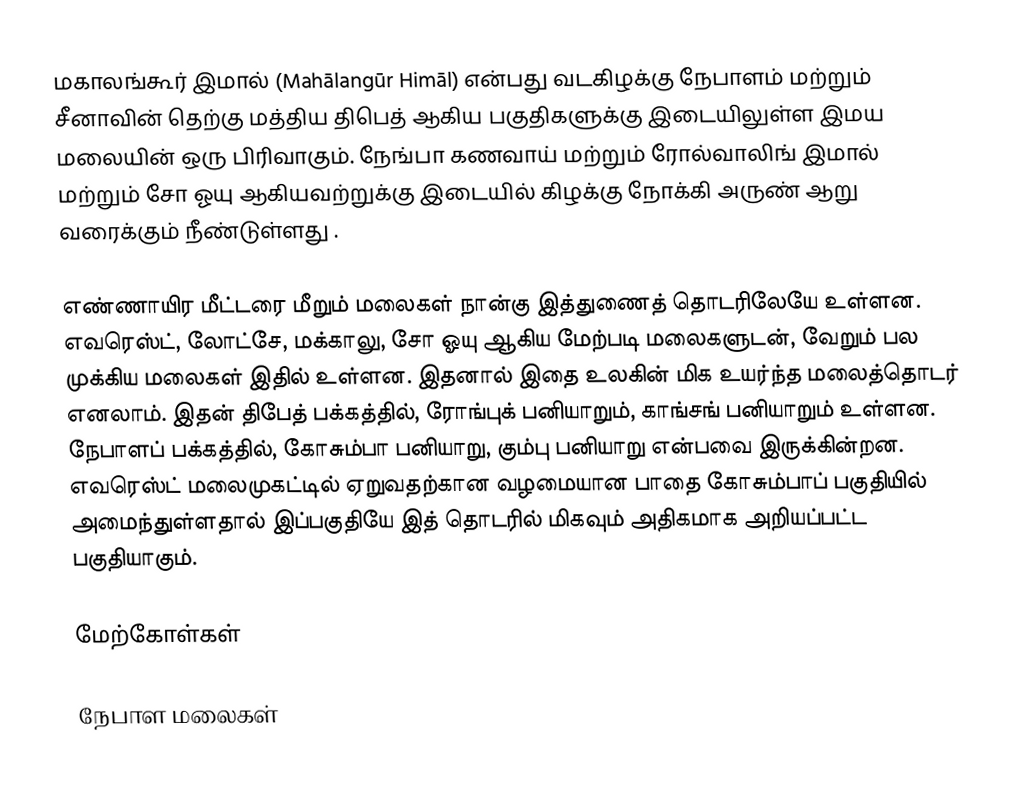
மகாலங்கூர் இமால் (Mahālangūr Himāl) என்பது  வடகிழக்கு நேபாளம் மற்றும் சீனாவின் தெற்கு மத்திய திபெத்  ஆகிய பகுதிகளுக்கு இடையிலுள்ள இமய மலையின் ஒரு பிரிவாகும். நேங்பா கணவாய் மற்றும் ரோல்வாலிங் இமால் மற்றும்  சோ ஓயு ஆகியவற்றுக்கு இடையில் கிழக்கு நோக்கி அருண் ஆறு வரைக்கும் நீண்டுள்ளது .

எண்ணாயிர மீட்டரை மீறும் மலைகள் நான்கு இத்துணைத் தொடரிலேயே உள்ளன. எவரெஸ்ட், லோட்சே, மக்காலு, சோ ஓயு ஆகிய மேற்படி மலைகளுடன், வேறும் பல முக்கிய மலைகள் இதில் உள்ளன. இதனால் இதை உலகின் மிக உயர்ந்த மலைத்தொடர் எனலாம். இதன் திபேத் பக்கத்தில், ரோங்புக் பனியாறும், காங்சங் பனியாறும் உள்ளன. நேபாளப் பக்கத்தில், கோசும்பா பனியாறு, கும்பு பனியாறு என்பவை இருக்கின்றன. எவரெஸ்ட் மலைமுகட்டில் ஏறுவதற்கான வழமையான பாதை கோசும்பாப் பகுதியில் அமைந்துள்ளதால் இப்பகுதியே இத் தொடரில் மிகவும் அதிகமாக அறியப்பட்ட பகுதியாகும்.

மேற்கோள்கள்

நேபாள மலைகள்